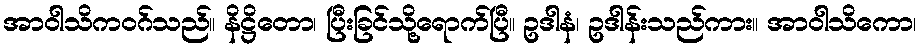
အာဝါသိကဝဂ်သည်။ နိဋ္ဌိတော၊ ပြီးခြင်သို့ရောက်ပြီ။ ဥဒါနံ၊ ဥဒါန်းသည်ကား။ အာဝါသိကော၊